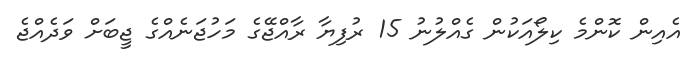
އެއިން ކޮންމެ ކިލޯއަކުން ގެއްލުނު 15 ރުފިޔާ ރާއްޖޭގެ މަހުޖަނެއްގެ ޖީބަށް ވަދެއްޖެ